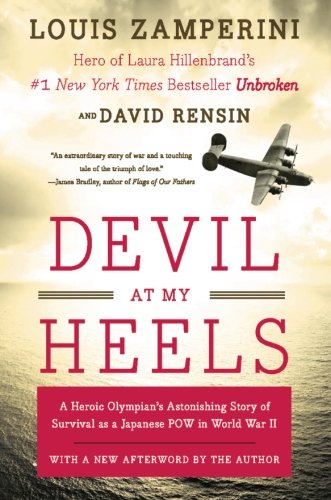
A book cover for Devil at My Heels: A Heroic Olympian's Astonishing Story of Survival as a Japanese POW in World War II; Louis Zamperini; Biographies & Memoirs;